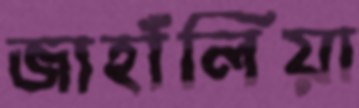
জাহাঁলিয়া